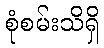
စုံစမ်းသိရှိ